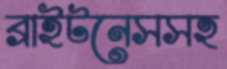
ব্রাইটনেসসহ